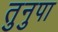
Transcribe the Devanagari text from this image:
तुनुपा